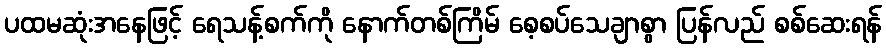
ပထမဆုံးအနေဖြင့် ရေသန့်စက်ကို နောက်တစ်ကြိမ် စေ့စပ်သေချာစွာ ပြန်လည် စစ်ဆေးရန်